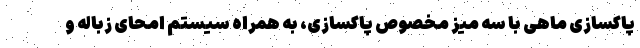
پاکسازی ماهی با سه میز مخصوص پاکسازی، به همراه سیستم امحای زباله و